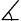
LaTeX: \measuredangle